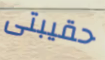
حقيبتى